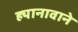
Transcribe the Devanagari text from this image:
ह्यानावाने